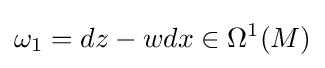
\omega _{1}=dz-wdx\in \Omega ^{1}(M)